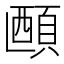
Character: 𬱅